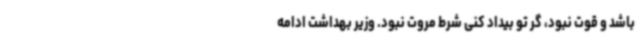
باشد و قوت نبود، گر تو بیداد کنی شرط مروت نبود. وزیر بهداشت ادامه